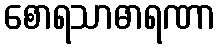
စောရသာဓာရဏာ